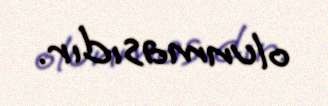
olunmasıdır.